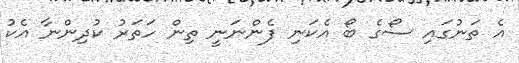
އެ ތަނުގައި ސޯގެ ބޯ އެކަނި ފެންނަނީ ތިން ހަތަރު ކުދިންނާ އެކު